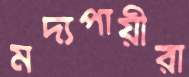
মদ্যপায়ীরা